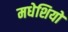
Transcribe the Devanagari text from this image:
मधेशियो